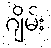
ဂျိမ်း